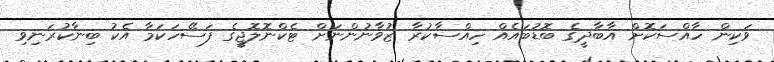
ވަކިން ހާއްސަކޮށް އާބާދީގެ ބޮޑުބައެއް ހިއްސާކުރާ ޒުވާނުންނަށް ޓެކްނޮލޮޖީގެ ފަސޭހަކަމާ އެކު ބިނާކުރަނިވި